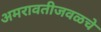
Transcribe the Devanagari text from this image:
अमरावतीजवळचे